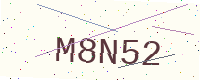
Text: M8N52